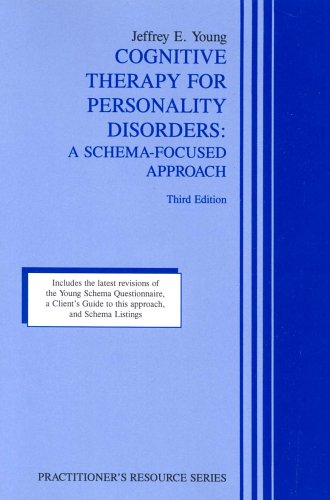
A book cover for Cognitive Therapy for Personality Disorders: A Schema-Focused Approach (Practitioner's Resource Series)(3rd Edition); Jeffrey E. Young; Health, Fitness & Dieting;